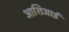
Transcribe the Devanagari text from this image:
आशिआई